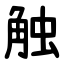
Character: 触